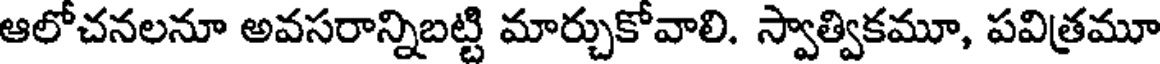
ఆలోచనలనూ అవసరాన్నిబట్టి మార్చుకోవాలి. స్వాత్వికమూ, పవిత్రమూ